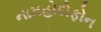
નામહોદોફોન